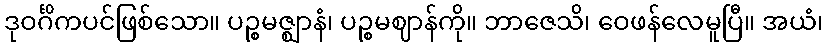
ဒုဝင်္ဂိကပင်ဖြစ်သော။ ပဉ္စမဇ္ဈာနံ၊ ပဉ္စမဈာန်ကို။ ဘာဇေသိ၊ ဝေဖန်လေမူပြီ။ အယံ၊